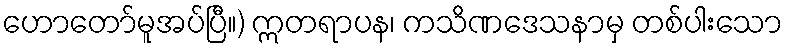
ဟောတော်မူအပ်ပြီ။) ဣတရာပန၊ ကသိဏဒေသနာမှ တစ်ပါးသော